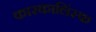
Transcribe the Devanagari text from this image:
कारकालिंस्क